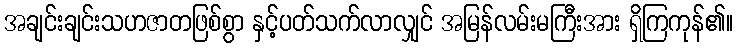
အချင်းချင်းသဟဇာတဖြစ်စွာ နှင့်ပတ်သက်လာလျှင် အမြန်လမ်းမကြီးအား ရှိကြကုန်၏။